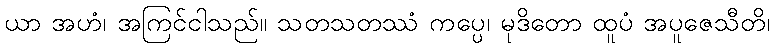
ယာ အဟံ၊ အကြင်ငါသည်။ သတသတဿံ ကပ္ပေ၊ မုဒိတော ထူပံ အပူဇေသီတိ၊